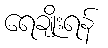
ရေချိုးရန်